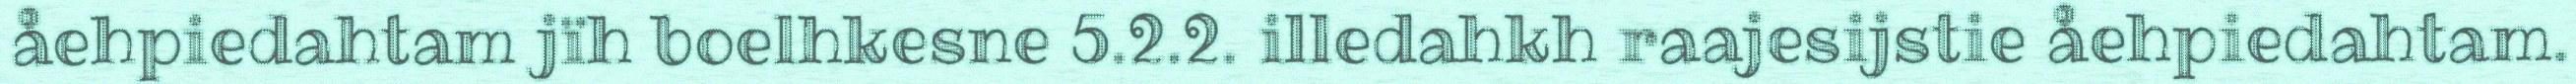
åehpiedahtam jïh boelhkesne 5.2.2. illedahkh raajesijstie åehpiedahtam.